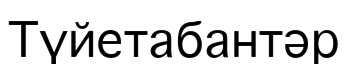
Түйетабантәр